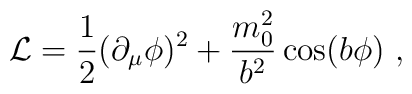
{\cal L}={1\over 2}(\partial_\mu\phi )^2+{m_0^2\over b^2}\cos (b\phi )\ ,